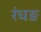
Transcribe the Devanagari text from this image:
रंघङ